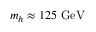
m _ { h } \approx 1 2 5 \ \mathrm { G e V }